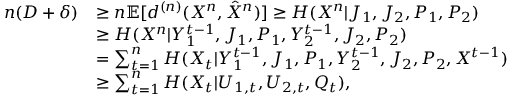
\begin{array} { r l } { n ( D + \delta ) } & { \ge { n } \mathbb { E } [ d ^ { ( n ) } ( X ^ { n } , \hat { X } ^ { n } ) ] \ge H ( X ^ { n } | J _ { 1 } , J _ { 2 } , P _ { 1 } , P _ { 2 } ) } \\ & { \ge H ( X ^ { n } | Y _ { 1 } ^ { t - 1 } , J _ { 1 } , { P _ { 1 } } , Y _ { 2 } ^ { t - 1 } , J _ { 2 } , P _ { 2 } ) } \\ & { = \sum _ { t = 1 } ^ { n } H ( X _ { t } | Y _ { 1 } ^ { t - 1 } , J _ { 1 } , { P _ { 1 } } , Y _ { 2 } ^ { t - 1 } , J _ { 2 } , P _ { 2 } , X ^ { t - 1 } ) } \\ & { \ge \sum _ { t = 1 } ^ { n } H ( X _ { t } | U _ { 1 , t } , U _ { 2 , t } , Q _ { t } ) , } \end{array}